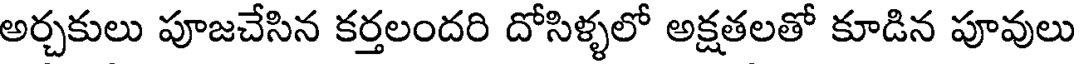
అర్చకులు పూజచేసిన కర్తలందరి దోసిళ్ళలో అక్షతలతో కూడిన పూవులు